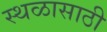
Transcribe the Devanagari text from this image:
स्थळासाठी